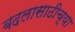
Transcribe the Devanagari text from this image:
बदलासाठीच्या